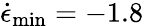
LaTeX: \dot{\epsilon}_{\operatorname*{min}}=-1.8